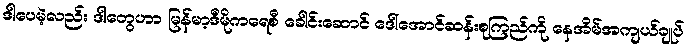
ဒါပေမဲ့လည်း ဒါတွေဟာ မြန်မာ့ဒီမိုကရေစီ ခေါင်းဆောင် ဒေါ်အောင်ဆန်းစုကြည်ကို နေအိမ်အကျယ်ချုပ်